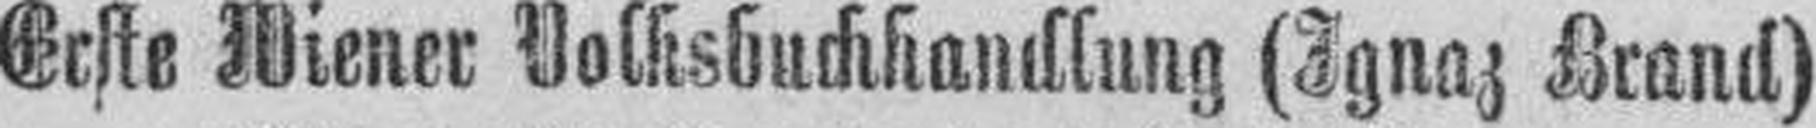
Erste Wiener Volksbuchhandlung (Ignaz Brand)